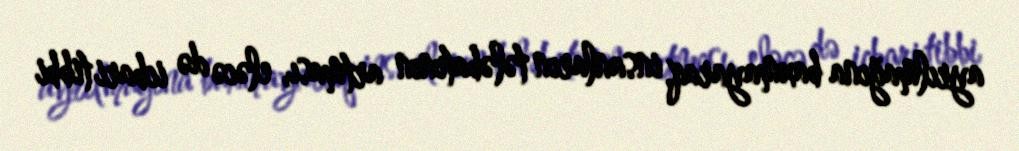
ayrılmağına baxmayaraq, insanların tələbatının artması, eləcə də icbari tibbi